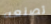
تصنعه